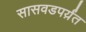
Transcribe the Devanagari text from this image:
सासवडपर्य़ंत